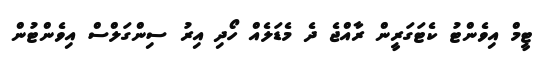
ޓީމް އިވެންޓު ކެޓަގަރީން ރާއްޖެ ދެ މެޑަލެއް ހޯދި އިރު ސިންގަލްސް އިވެންޓުން